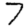
Digit: 7